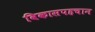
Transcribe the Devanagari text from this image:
विकासपहचान